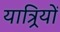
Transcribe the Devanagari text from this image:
यात्र्रियों